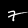
Digit: 7